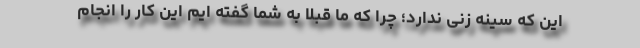
این که سینه زنی ندارد؛ چرا که ما قبلا به شما گفته ایم این کار را انجام